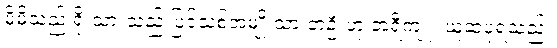
မိမိသည် ရိုးသားသည့် ပြင်သစ်အမျိုးသားတဦးဟု ဘရီကျူး ယူဆပုံရသည်။